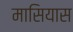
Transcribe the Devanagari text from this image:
मासियास